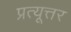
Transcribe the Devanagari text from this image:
प्रत्यूत्तर